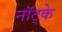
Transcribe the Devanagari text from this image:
नॉट्के